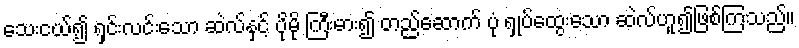
သေးငယ်၍ ရှင်းလင်းသော ဆဲလ်နှင့် ပိုမို ကြီးမား၍ တည်ဆောက် ပုံ ရှုပ်ထွေးသော ဆဲလ်ဟူ၍ဖြစ်ကြသည်။